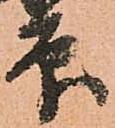
印